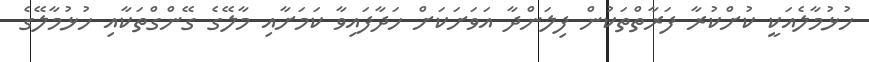
ހުޅުމާލެއަކީ ކުށްކުރާ ފަރާތްތަކުން ފިލަންދާ އަވަށަކަށް ހަދާފައިވާ ކަމަށާއި މާލޭގެ ގޭންގްތަކާއި ހުޅުމާލޭގެ